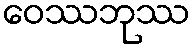
ဝေဿဘုဿ